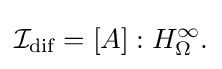
{\textstyle {\mathcal {I}}_{\text{dif}}=[A]:H_{\Omega }^{\infty }.}